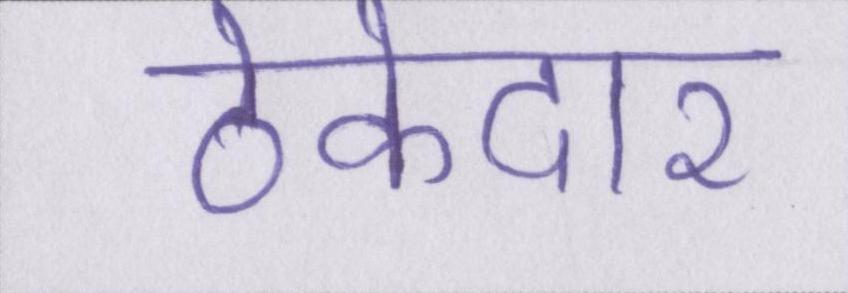
ठेकेदार